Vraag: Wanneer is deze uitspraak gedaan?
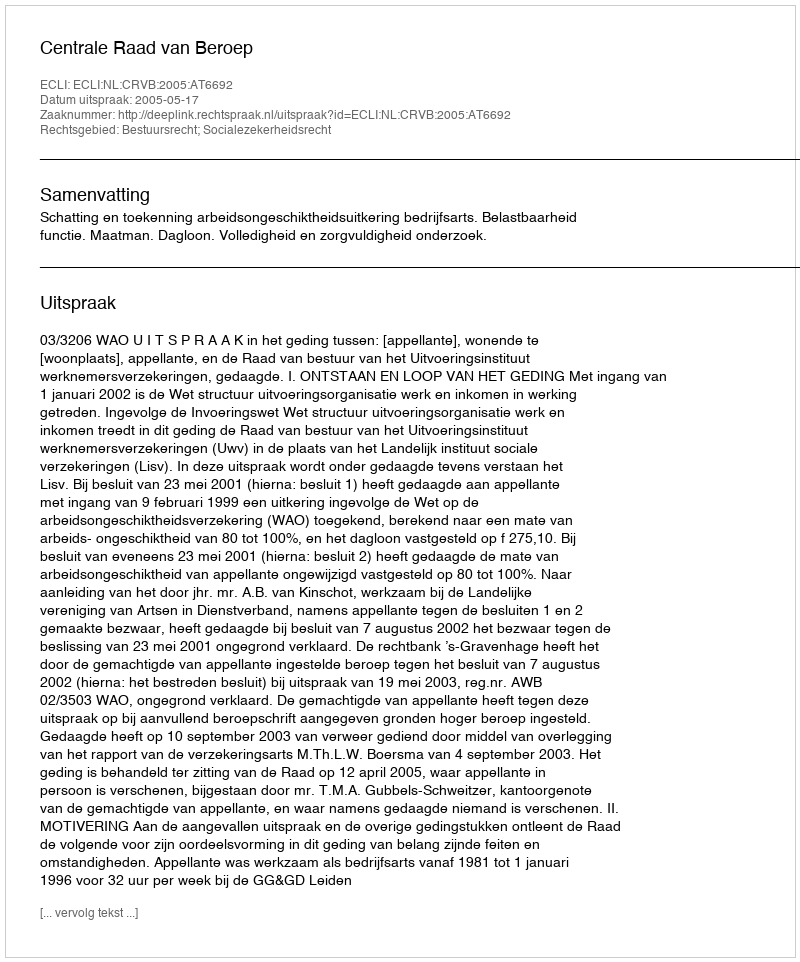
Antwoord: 2005-05-17